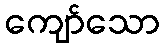
ကျော်သော